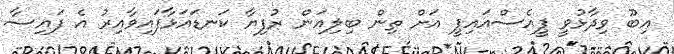
އިބޫ ވިދާޅުވީ ޕީއެސްއައިޕީ އަށް ތިން ބިލިއަން ރުފިޔާ ކަނޑައަޅާފައިވާއިރު އެ ފައިސާ